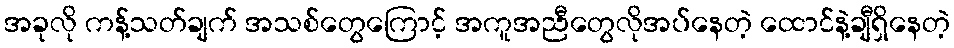
အခုလို ကန့်သတ်ချက် အသစ်တွေကြောင့် အကူအညီတွေလိုအပ်နေတဲ့ ထောင်နဲ့ချီရှိနေတဲ့